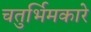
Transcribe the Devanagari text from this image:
चतुर्भिमकारे